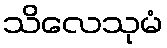
သိလေသုမံ